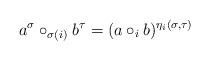
LaTeX: \begin{align*}a^\sigma\circ_{\sigma(i)} b^\tau=(a\circ_i b)^{\eta_i(\sigma,\tau)}\end{align*}